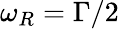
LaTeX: \omega_{R}=\Gamma/2